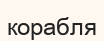
корабля